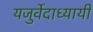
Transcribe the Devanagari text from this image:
यजुर्वेदाध्यायी